Annual report of lunatic asylums [Bombay] - 1912-1922
Year: 1912
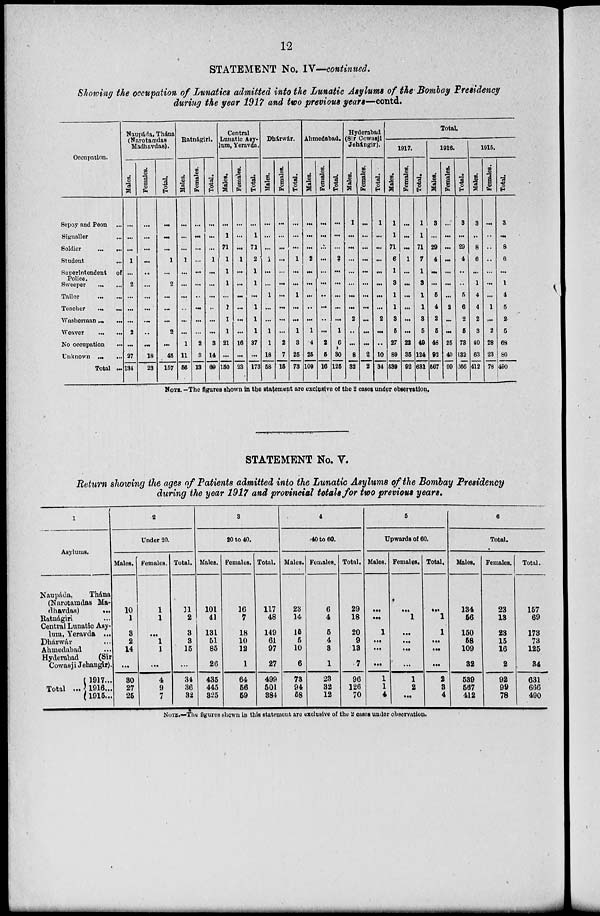
12
STATEMENT No. IV—continued.
Showing the occupation of Lunatics admitted into the Lunatic Asylums of the Bombay Presidency
during the year 1917 and two previous years—contd.
Occupation.
Sepoy and Peon ...
Signaller ...
Soldier
... ...
Student ...
Superintendent of
Police.
Sweeper ... ...
Tailor
...
...
Teacher ... ...
Washerman ... ...
Weaver ... ...
No occupation
...
Unknown ... ...
Total ...
Naupáda, Thána
(Narotamdas
Madhavdas).
Males.
...
...
...
1
...
2
...
...
...
2
...
27
134
Females.
...
...
...
...
...
...
...
...
...
..
...
18
23
Total.
...
...
...
1
...
2
...
...
...
2
...
45
157
Ratnágiri.
Males.
...
...
...
1
...
...
...
...
...
...
1
11
56
Females.
...
...
...
...
...
...
...
...
...
...
2
3
13
Total.
...
...
...
1
...
...
...
...
...
...
3
14
69
Central
Lunatic Asy-
lum, Yeravda.
Males.
...
...
71
1
1
1
...
...
...
...
21
...
150
Females.
...
...
...
1
...
...
...
...
...
...
16
...
23
Total.
...
1
71
2
1 1
...
1
1
1
37
...
173
Dhárwár.
Males.
...
...
...
1
...
...
1
...
...
1
1
18
58
Females.
...
...
...
...
...
...
...
...
...
...
2
7
15
Total.
...
...
...
1
...
...
1
...
...
1
3
25
73
Ahmedabad.
Males.
...
...
...
2
...
...
...
...
...
1
4
25
109
Females.
...
...
...
...
...
...
...
...
...
...
2
5
16
Total.
...
...
...
2
...
...
...
...
...
1
6
30
125
Hyderabad
(Sir Cowasji
Jehángir).
Males.
1
...
...
...
...
...
...
...
2
...
...
8
32
Females.
...
...
...
...
...
...
...
...
...
...
...
2
2
Total.
1
...
...
...
...
...
...
...
2
...
..
10
34
Total.
1917.
Males.
1
1
71
6
1
3
1
1
3
5
27
89
539
Females.
...
...
...
1
...
...
...
...
...
...
22
35
92
Total.
1
1
71
7
1
3
1
1
3
5
49
124
631
1916.
Males.
3
...
29
4
...
...
5
4
2
5
48
92
567
Females.
...
...
...
...
...
...
2
...
...
25
40
99
Total.
3
...
29
4
...
...
5
6
2
5
73
132
666
1915.
Males.
3
...
8
6
...
1
4
4
2
3
40
63
412
Females.
...
...
...
..
...
...
...
1
...
2
28
23
78
Total.
3
...
8
6
...
1
4
5
2
5
68
86
490
NOTE. —The figures shown in the statement are exclusive of the 2 cases under observation.
STATEMENT No. V.
Return showing the ages of Patients admitted into the Lunatic Asylums of the Bombay Presidency
during the year 1917 and provincial totals for two previous years.
1
Asylums.
Naupáda,
Thána
(Narotamdas Ma-
dhavdas)
...
Ratnágiri ...
Central Lunatic Asy-
lum, Yeravda ...
Dhárwár ...
Ahmedabad ...
Hyderabad
(Sir
Cowasji Jehangir).
Total ...
1917 ...
1916 ...
1915 ...
2
Under 20.
Males.
10
1
3
2
14
...
30
27
25
Females.
1
1
...
1
1
...
4
9
7
Total.
11
2
3
3
15
...
34
36
32
3
20 to 40.
Males.
101
41
131
51
85
26
435
445
325
Females.
16
7
18
10
12
1
64
56
59
Total.
117
48
149
61
97
27
499
501
384
4
40 to 60.
Males.
23
14
15
5
10
6
73
94
58
Females.
6
4
5
4
3
1
23
32
12
Total.
29
18
20
9
13
7
96
126
70
5
Upwards of 60.
Males.
...
...
1
...
...
...
1
1
4
Females.
...
1
...
...
...
...
1
2
...
Total.
...
1
1
...
...
...
2
3
4
6
Total.
Males.
134
56
150
58
109
32
539
567
412
Females.
23
13
23
15
16
2
92
99
78
Total.
157
69
173
73
125
34
631
666
490
NOTE.—The figures shown in this statement are exclusive of the 2 cases under observation.